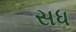
સધ